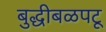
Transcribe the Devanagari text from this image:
बुद्धीबळपटू